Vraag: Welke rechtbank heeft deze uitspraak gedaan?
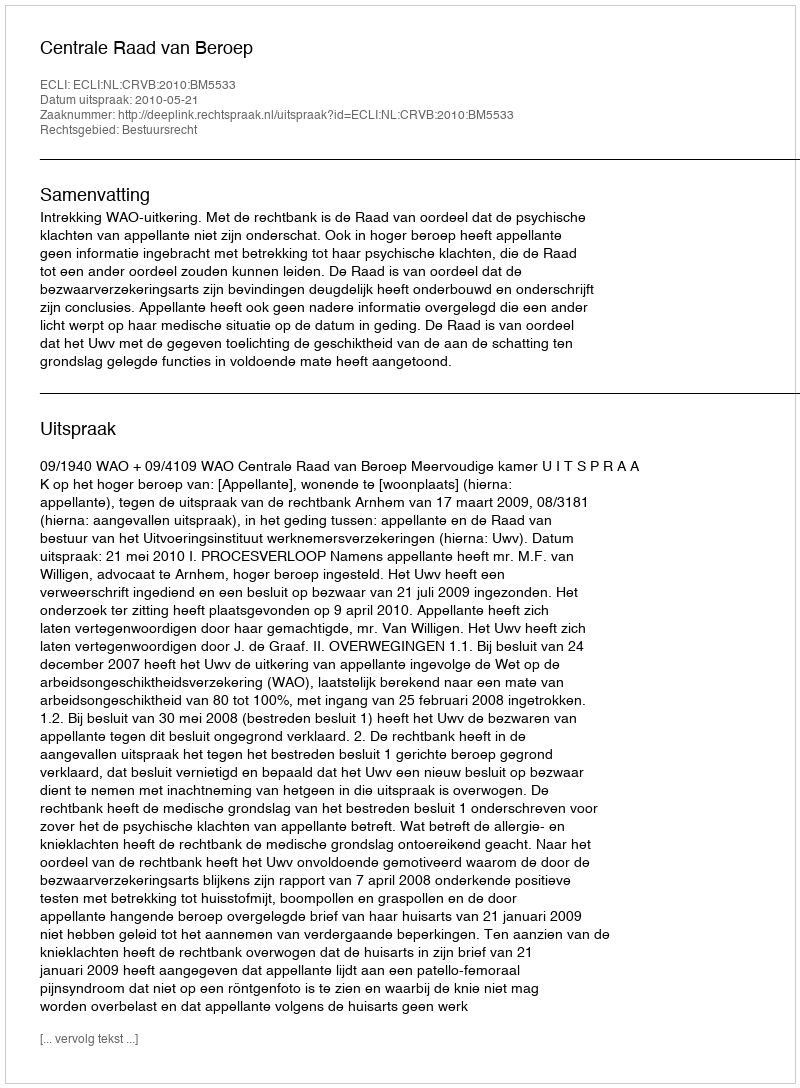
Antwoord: Centrale Raad van Beroep